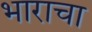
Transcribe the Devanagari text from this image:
भाराचा